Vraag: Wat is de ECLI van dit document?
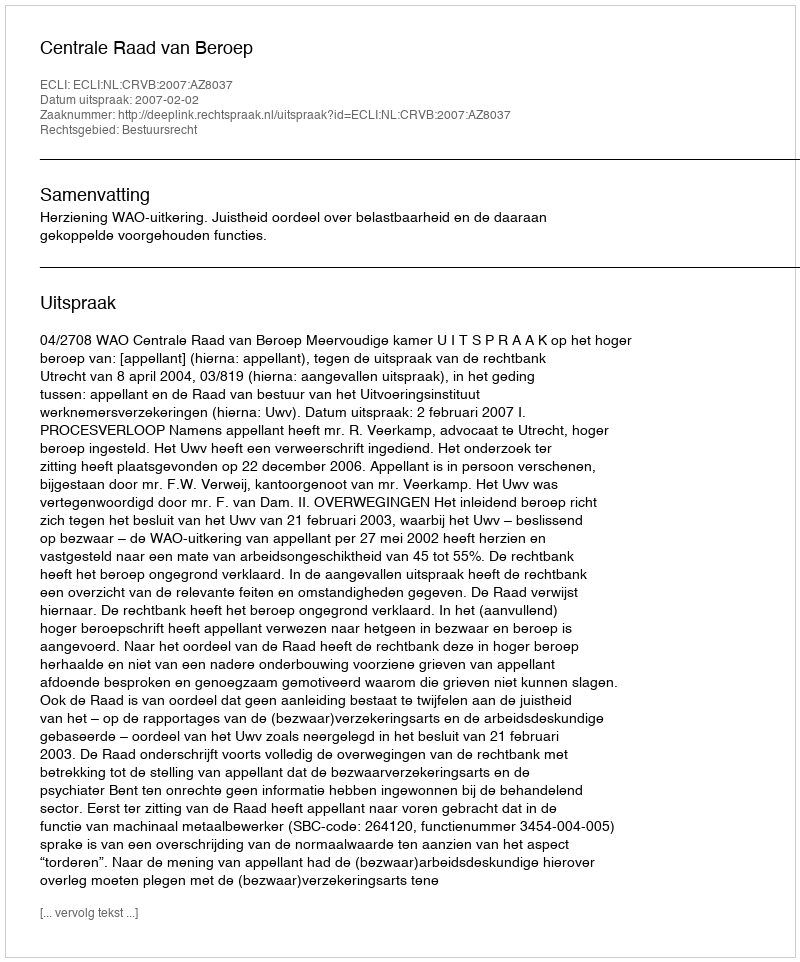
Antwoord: ECLI:NL:CRVB:2007:AZ8037